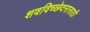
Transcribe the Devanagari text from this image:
शवविच्छेदनासाठी